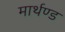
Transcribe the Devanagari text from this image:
मार्थण्ड